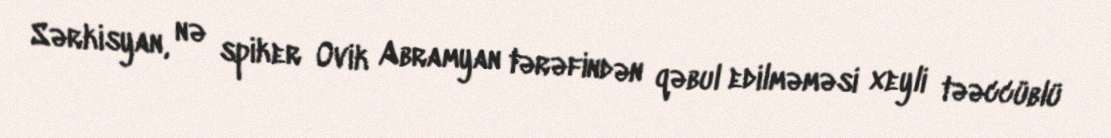
Sərkisyan, nə spiker Ovik Abramyan tərəfindən qəbul edilməməsi xeyli təəccüblü